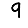
Digit: 9